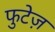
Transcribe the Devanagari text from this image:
फुटेज़